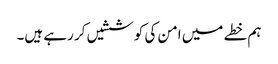
ہم خطے میں امن کی کوششیں کر رہے ہیں۔